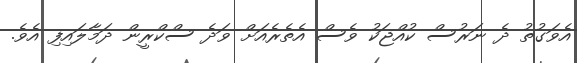
އެވަގުތު ދެ ނަރުސް ކުއްޖަކު ވެސް އެތެރެއަށް ވަދެ ސްކްރީން ދަމާލައިފި އެވެ.